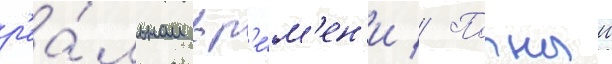
р'еа́льном вр'е́м'ен'и // Полныи